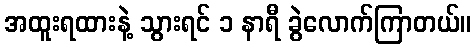
အထူးရထားနဲ့ သွားရင် ၁ နာရီ ခွဲလောက်ကြာတယ်။